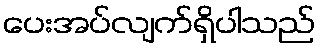
ပေးအပ်လျက်ရှိပါသည်